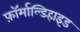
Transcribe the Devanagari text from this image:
फ़ॉर्माल्डिहाइड